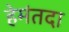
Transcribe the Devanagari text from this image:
हेमंतदा